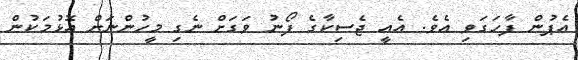
އެޕުން ފާހަގަވި އެވެ. އެއީ ޖެސިކާގެ ފޯނު ވަގަށް ނެގި މީހުންނަށް އޮޅުމަކުން